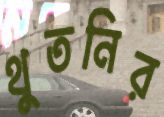
থুতনির